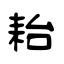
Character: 耛